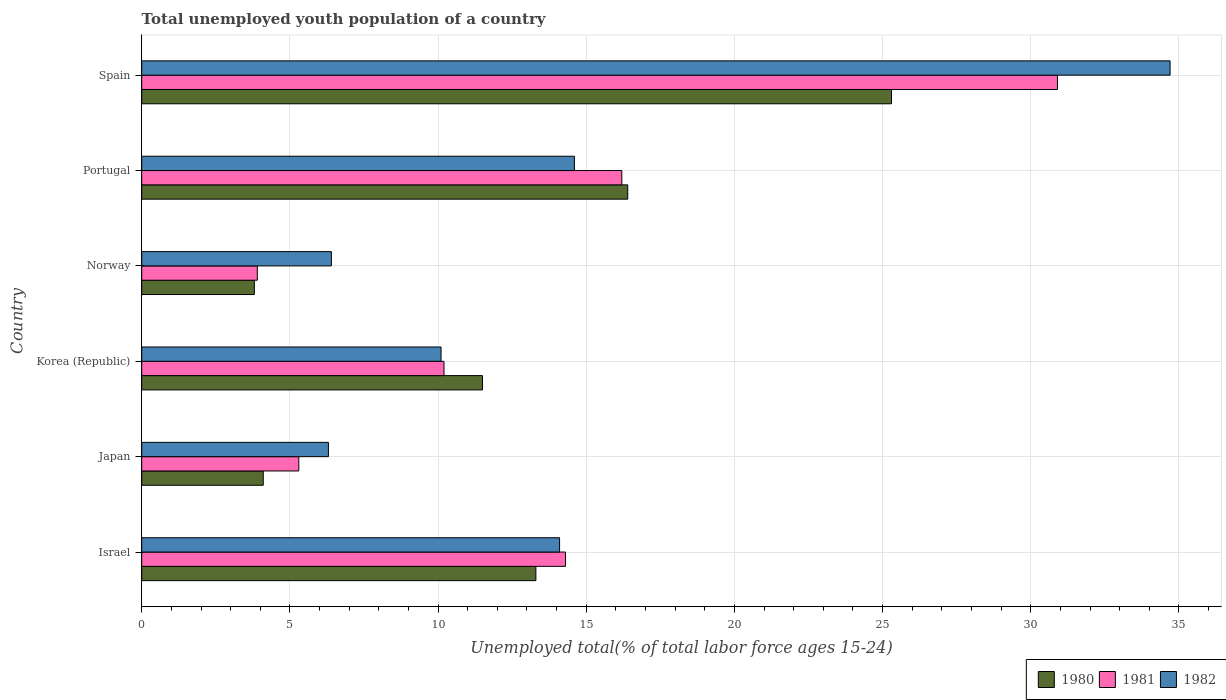
| Country | 1980 | 1981 | 1982 |
 | --- | --- | --- | --- |
 | Israel | 13.3 | 14.3 | 14.1 |
 | Japan | 4.1 | 5.3 | 6.3 |
 | Korea (Republic) | 11.5 | 10.2 | 10.1 |
 | Norway | 3.8 | 3.9 | 6.4 |
 | Portugal | 16.4 | 16.2 | 14.6 |
 | Spain | 25.3 | 30.9 | 34.7 |